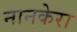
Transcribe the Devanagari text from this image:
नानकेरा